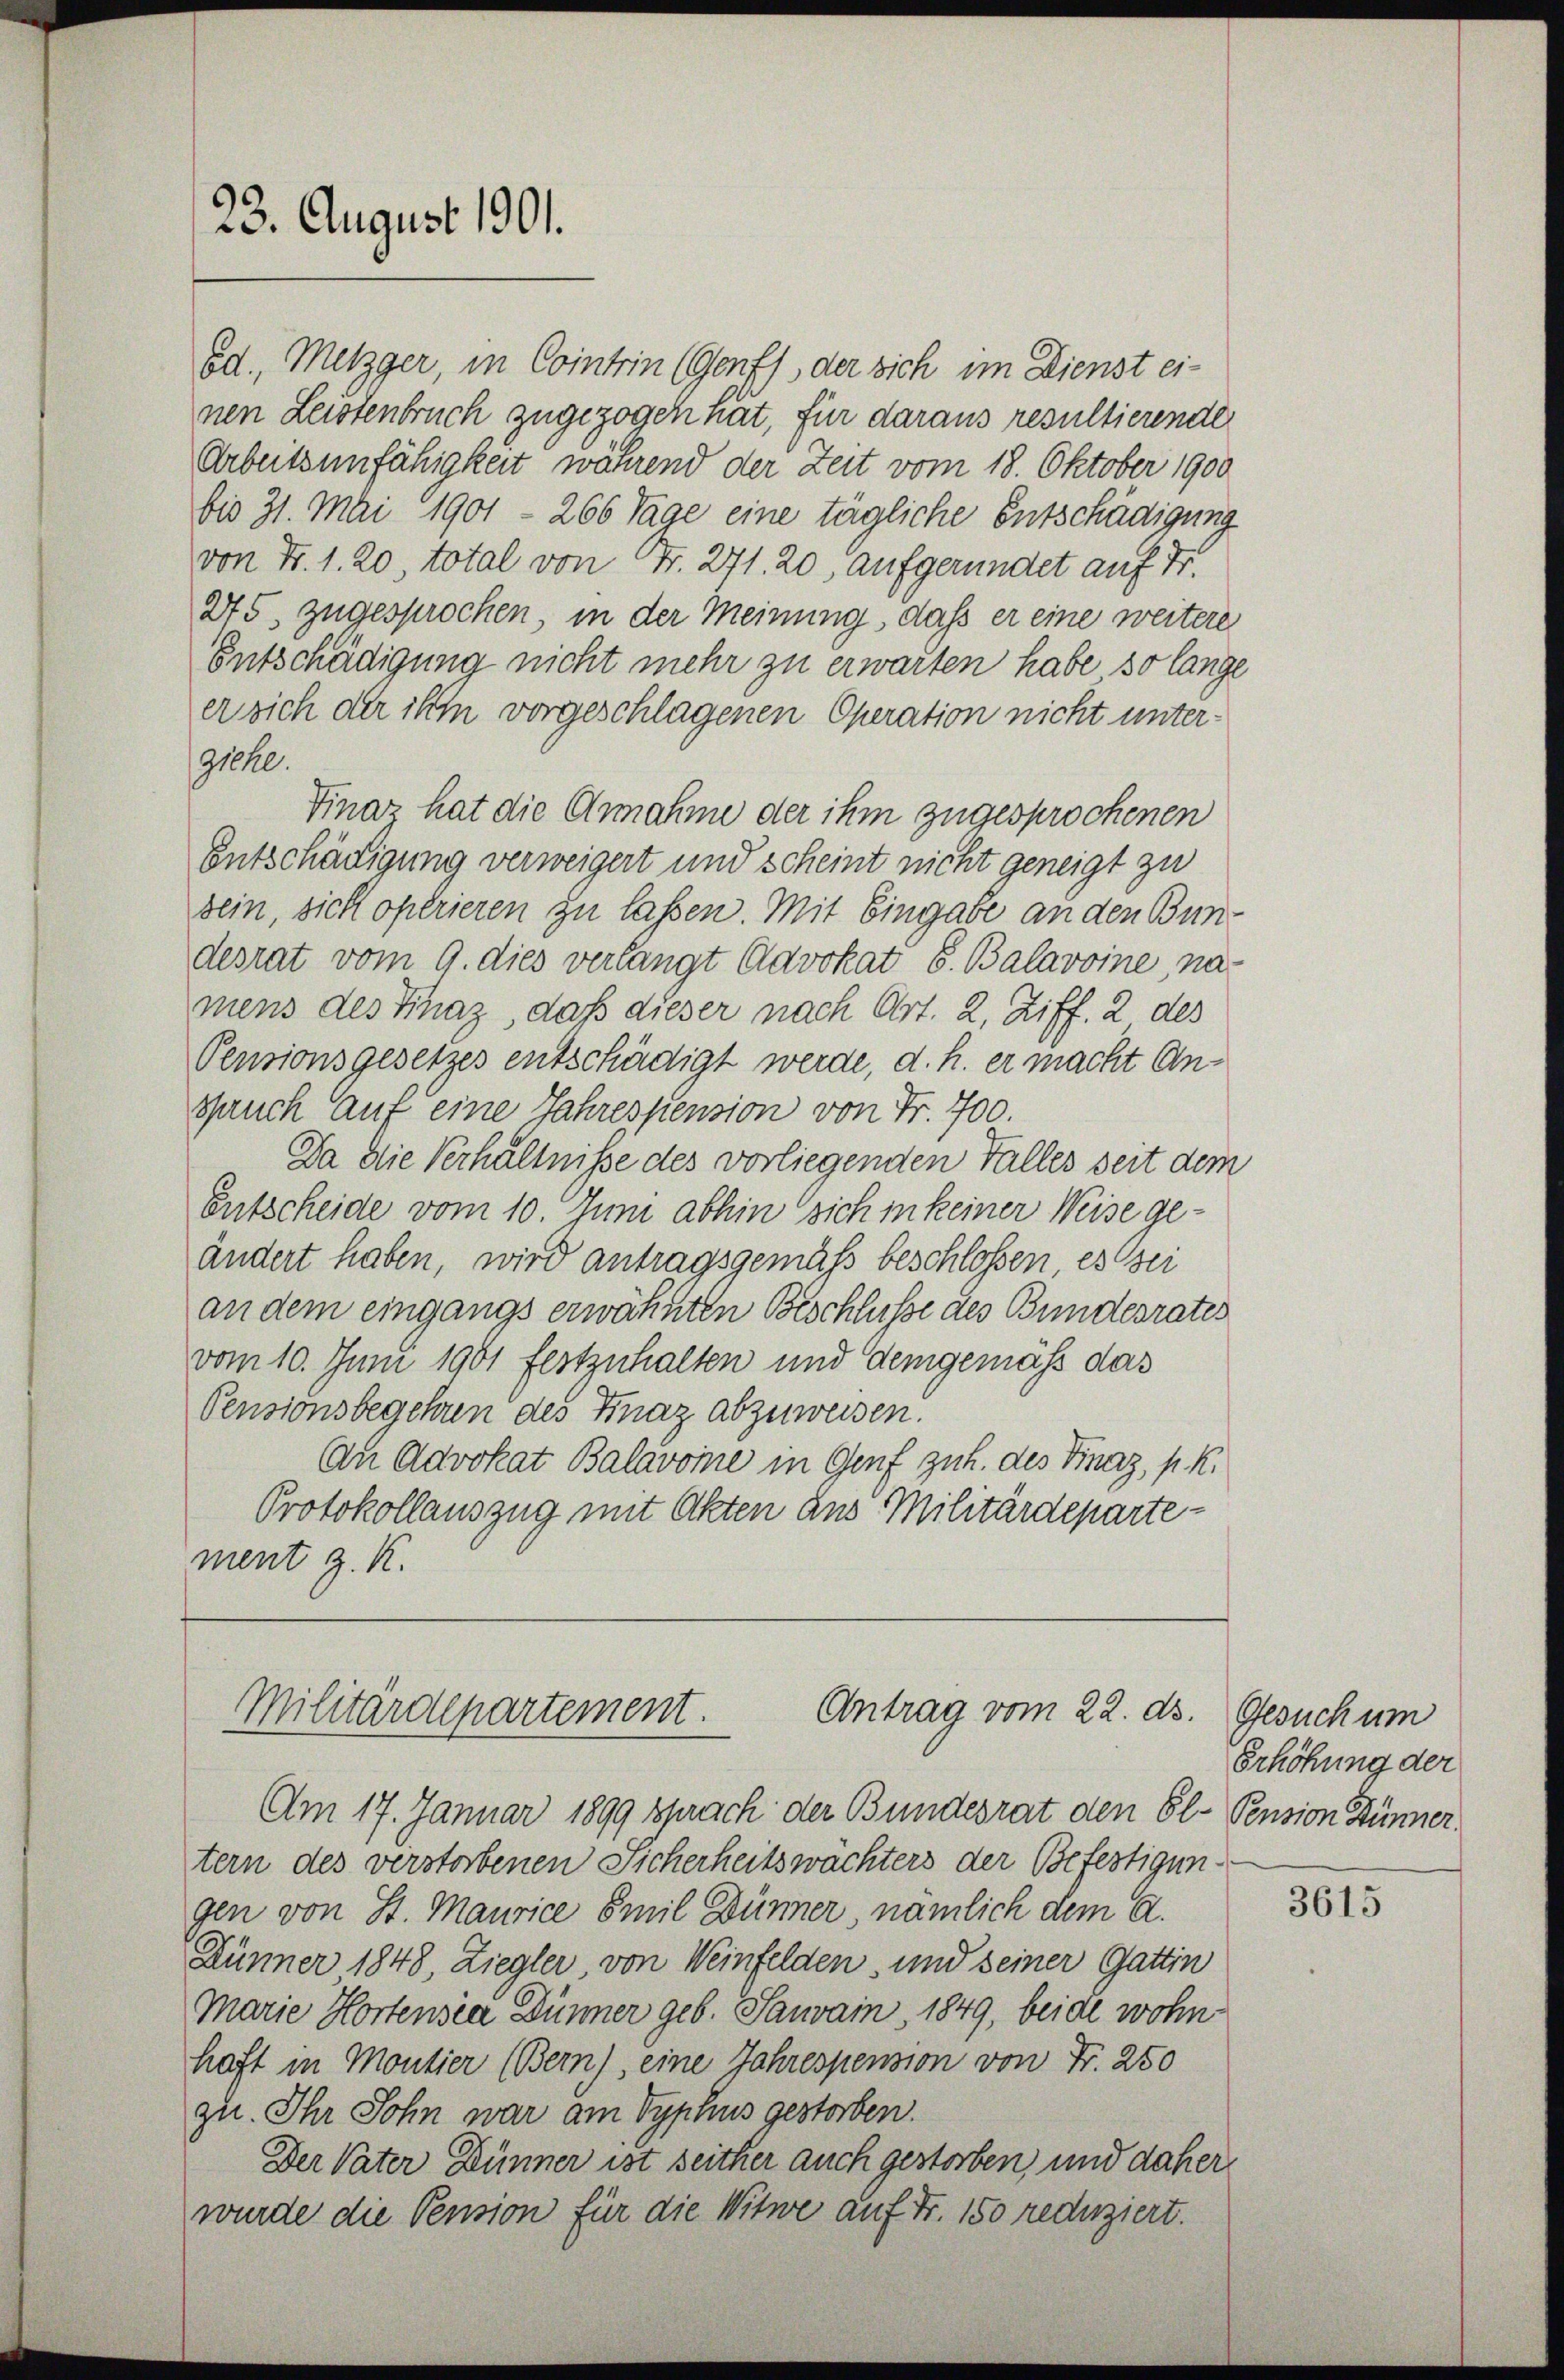
23. August 1901.

od., Metzger, in Contrin (Genf, der sich im Dienst einen Leistenbruch zugezogen hat, für daraus resultierende
Arbeitsunfähigkeit während der Zeit vom 18. Oktober 1900
bis 31. Mai 1901 - 266 Tage eine tägliche Entschädigung
von Fr. 1. 20, total von Fr. 271. 20, aufgeründet auf Fr.
275. zugesprochen, in der Meinung, daß er eine weitere
Entschädigung nicht mehr zu erwarten habe so lange
ersich der ihm vorgeschlagenen Operation nicht unter¬
9100.
Finaz hat die Annahme der ihm zugesprochenen
Entschädigung verweigert und scheint nicht geneigt zu
sein, sich operieren zu laßen. Mit Eingabe an den Bundesrat vom 9. dies verlangt Advokat 8. Balavoine, na-
mens des Finaz, daß dieser nach Art. 2, Ziff. 2 des
Pensionsgesetzes entschädigt werde, d. h. er macht Ansauch auf eine Jahrespension von Fr. 700.
Da die Verhältnisse des vorliegenden Falles seit dem
Entscheide vom 10. Juni abhin sich in keiner Weise geändert haben, wird antragsgemäß beschlossen, es sei
an dem eingangs erwähnten Beschluße des Bundesrates
vom 10. Juni 1901 festzuhalten und demgemäß das
Pensionsbegehren des Knaz abzuweisen.
An Advokat Balavone in Genf zuh. des Finaz, p. K.
Protokollauszug mit Akten aus Militärdepartement z. K.

Antrag vom 22. ds.
Militärdepartement.

Am 17. Januar 1899 sprach der Bundesrat den El. Pension Stünner,
tern des verstorbenen Sicherheitswächters der Befestigungen von St. Maurice Emil Dünner, nämlich dem A.
Dünner 1848, Ziegler, von Weinfelden, und seiner Gattin
Marie Hortensia Dünner geb. Sauvain, 1849, beide wohnhaft in Montier (Bern), eine Jahrespension von Fr. 250
zu. Ihr Sohn war am Typhus gestorben.
Der Vater Dünner ist seither auch gestorben, und daher
wurde die Pension für die Witwe auf Fr. 150 reduziert.

Gesuch um
Erhöhung der

3615